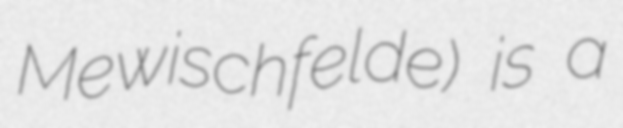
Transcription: Mewischfelde) is a